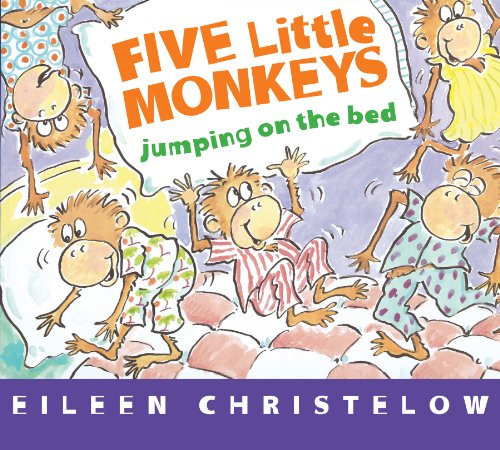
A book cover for Five Little Monkeys Jumping on the Bed (A Five Little Monkeys Story); Eileen Christelow; Children's Books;